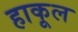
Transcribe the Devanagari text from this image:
हाकूल